Lunatic asylums in Bengal annual reports 1899-1911 - 1899-1911
Year: 1899
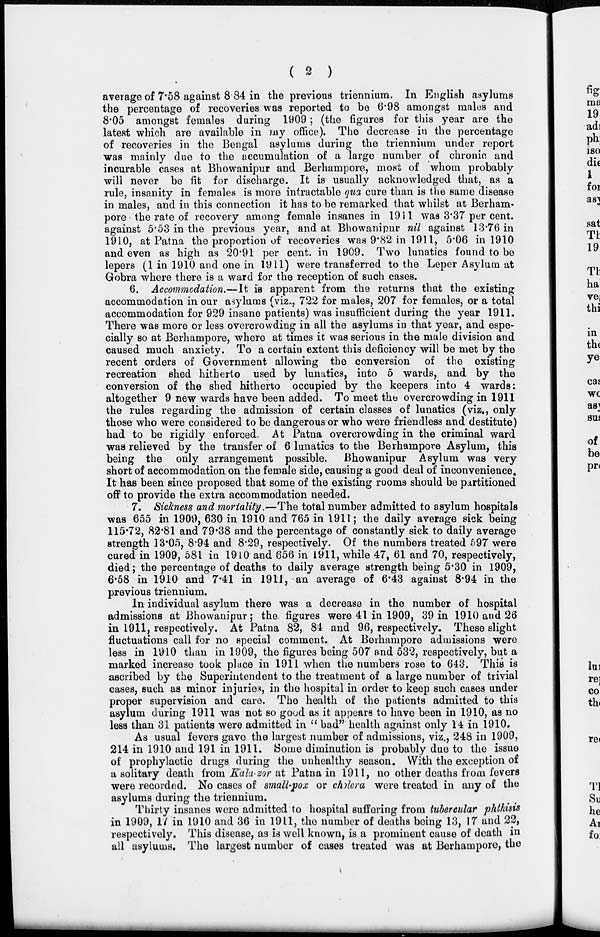
( 2 )
average of 7.58 against 8.84 in the previous triennium. In English asylums
the percentage of recoveries was reported to be 6.98 amongst males and
8.05 amongst females during 1909; (the figures for this year are the
latest which are available in my office). The decrease in the percentage
of recoveries in the Bengal asylums during the triennium under report
was mainly due to the accumulation of a large number of chronic and
incurable cases at Bhowanipur and Berhampore, most of whom probably
will never be fit for discharge. It is usually acknowledged that, as a
rule, insanity in females is more intractable qua cure than is the same disease
in males, and in this connection it has to be remarked that whilst at Berham-
pore the rate of recovery among female insanes in 1911 was 3.37 per cent.
against 5.53 in the previous year, and at Bhowanipur nil against 13.76 in
1910, at Patna the proportion of recoveries was 9.82 in 1911, 5.06 in 1910
and even as high as 20.91 per cent. in 1909. Two lunatics found to be
lepers (1 in 1910 and one in 1911) were transferred to the Leper Asylum at
Gobra where there is a ward for the reception of such cases.
6. Accommodation.—It is apparent from the returns that the existing
accommodation in our asylums (viz., 722 for males, 207 for females, or a total
accommodation for 929 insane patients) was insufficient during the year 1911.
There was more or less overcrowding in all the asylums in that year, and espe-
cially so at Berhampore, where at times it was serious in the male division and
caused much anxiety. To a certain extent this deficiency will be met by the
recent orders of Government allowing the conversion of the existing
recreation shed hitherto used by lunatics, into 5 wards, and by the
conversion of the shed hitherto occupied by the keepers into 4 wards:
altogether 9 new wards have been added. To meet the overcrowding in 1911
the rules regarding the admission of certain classes of lunatics (viz., only
those who were considered to be dangerous or who were friendless and destitute)
had to be rigidly enforced. At Patna overcrowding in the criminal ward
was relieved by the transfer of 6 lunatics to the Berhampore Asylum, this
being the only arrangement possible. Bhowanipur Asylum was very
short of accommodation on the female side, causing a good deal of inconvenience.
It has been since proposed that some of the existing rooms should be partitioned
off to provide the extra accommodation needed.
7. Sickness and mortality.—The total number admitted to asylum hospitals
was 655 in 1909, 630 in 1910 and 765 in 1911; the daily average sick being
115.72, 82.81 and 79.38 and the percentage of constantly sick to daily average
strength 13.05, 8.94 and 8.29, respectively. Of the numbers treated 597 were
cured in 1909, 581 in 1910 and 656 in 1911, while 47, 61 and 70, respectively,
died; the percentage of deaths to daily average strength being 5.30 in 1909,
6.58 in 1910 and 7.41 in 1911, an average of 6.43 against 8.94 in the
previous triennium.
In individual asylum there was a decrease in the number of hospital
admissions at Bhowanipur; the figures were 41 in 1909, 39 in 1910 and 26
in 1911, respectively. At Patna 82, 84 and 96, respectively. These slight
fluctuations call for no special comment. At Berhampore admissions were
less in 1910 than in 1909, the figures being 507 and 532, respectively, but a
marked increase took place in 1911 when the numbers rose to 643. This is
ascribed by the Superintendent to the treatment of a large number of trivial
cases, such as minor injuries, in the hospital in order to keep such cases under
proper supervision and care. The health of the patients admitted to this
asylum during 1911 was not so good as it appears to have been in 1910, as no
less than 31 patients were admitted in " bad" health against only 14 in 1910.
As usual fevers gave the largest number of admissions, viz., 248 in 1909,
214 in 1910 and 191 in 1911. Some diminution is probably due to the issue
of prophylactic drugs during the unhealthy season. With the exception of
a solitary death from Kala-zor at Patna in 1911, no other deaths from fevers
were recorded. No cases of small-pox or cholera were treated in any of the
asylums during the triennium.
Thirty insanes were admitted to hospital suffering from tubercular phthisis
in 1909, 17 in 1910 and 36 in 1911, the number of deaths being 13, 17 and 22,
respectively. This disease, as is well known, is a prominent cause of death in
all asylums. The largest number of cases treated was at Berhampore, the